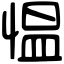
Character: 愠